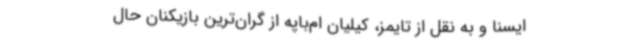
ایسنا و به نقل از تایمز، کیلیان ام‌باپه از گران‌ترین بازیکنان حال